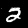
Digit: 2